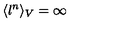
\langle l ^ { n } \rangle _ { V } = \infty